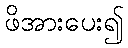
ဖိအားပေး၍